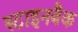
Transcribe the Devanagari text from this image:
स्टाइनबैक